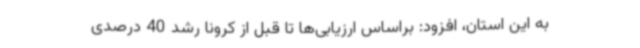
به این استان، افزود: براساس ارزیابی‌ها تا قبل از کرونا رشد 40 درصدی